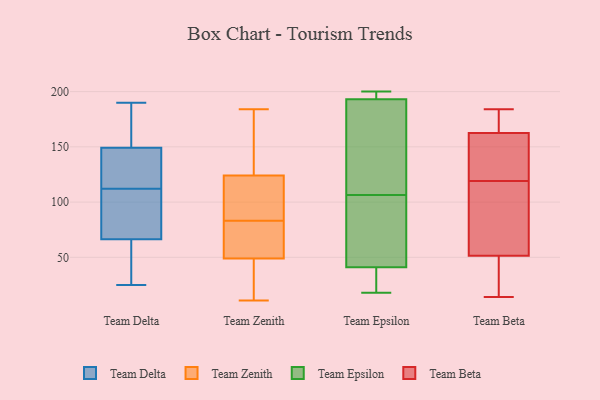
{"axis": {"x": "Customer Acquisition Cost (USD)", "y": "Value"}, "legend": ["Team Beta", "Team Delta", "Team Epsilon", "Team Zenith"], "data": [{"x": "", "y": 117, "type": "Team Delta"}, {"x": "", "y": 168, "type": "Team Delta"}, {"x": "", "y": 72, "type": "Team Delta"}, {"x": "", "y": 42, "type": "Team Delta"}, {"x": "", "y": 49, "type": "Team Delta"}, {"x": "", "y": 25, "type": "Team Delta"}, {"x": "", "y": 112, "type": "Team Delta"}, {"x": "", "y": 89, "type": "Team Delta"}, {"x": "", "y": 141, "type": "Team Delta"}, {"x": "", "y": 143, "type": "Team Delta"}, {"x": "", "y": 179, "type": "Team Delta"}, {"x": "", "y": 83, "type": "Team Delta"}, {"x": "", "y": 190, "type": "Team Delta"}, {"x": "", "y": 71, "type": "Team Zenith"}, {"x": "", "y": 11, "type": "Team Zenith"}, {"x": "", "y": 73, "type": "Team Zenith"}, {"x": "", "y": 139, "type": "Team Zenith"}, {"x": "", "y": 21, "type": "Team Zenith"}, {"x": "", "y": 31, "type": "Team Zenith"}, {"x": "", "y": 184, "type": "Team Zenith"}, {"x": "", "y": 119, "type": "Team Zenith"}, {"x": "", "y": 96, "type": "Team Zenith"}, {"x": "", "y": 169, "type": "Team Zenith"}, {"x": "", "y": 83, "type": "Team Zenith"}, {"x": "", "y": 64, "type": "Team Zenith"}, {"x": "", "y": 169, "type": "Team Zenith"}, {"x": "", "y": 93, "type": "Team Zenith"}, {"x": "", "y": 55, "type": "Team Zenith"}, {"x": "", "y": 95, "type": "Team Zenith"}, {"x": "", "y": 25, "type": "Team Zenith"}, {"x": "", "y": 200, "type": "Team Epsilon"}, {"x": "", "y": 196, "type": "Team Epsilon"}, {"x": "", "y": 41, "type": "Team Epsilon"}, {"x": "", "y": 29, "type": "Team Epsilon"}, {"x": "", "y": 54, "type": "Team Epsilon"}, {"x": "", "y": 193, "type": "Team Epsilon"}, {"x": "", "y": 151, "type": "Team Epsilon"}, {"x": "", "y": 186, "type": "Team Epsilon"}, {"x": "", "y": 18, "type": "Team Epsilon"}, {"x": "", "y": 62, "type": "Team Epsilon"}, {"x": "", "y": 55, "type": "Team Beta"}, {"x": "", "y": 165, "type": "Team Beta"}, {"x": "", "y": 14, "type": "Team Beta"}, {"x": "", "y": 171, "type": "Team Beta"}, {"x": "", "y": 113, "type": "Team Beta"}, {"x": "", "y": 139, "type": "Team Beta"}, {"x": "", "y": 174, "type": "Team Beta"}, {"x": "", "y": 160, "type": "Team Beta"}, {"x": "", "y": 125, "type": "Team Beta"}, {"x": "", "y": 179, "type": "Team Beta"}, {"x": "", "y": 72, "type": "Team Beta"}, {"x": "", "y": 23, "type": "Team Beta"}, {"x": "", "y": 139, "type": "Team Beta"}, {"x": "", "y": 16, "type": "Team Beta"}, {"x": "", "y": 184, "type": "Team Beta"}, {"x": "", "y": 99, "type": "Team Beta"}, {"x": "", "y": 48, "type": "Team Beta"}, {"x": "", "y": 14, "type": "Team Beta"}, {"x": "", "y": 159, "type": "Team Beta"}, {"x": "", "y": 108, "type": "Team Beta"}]}